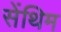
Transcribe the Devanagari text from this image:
सेंथिम